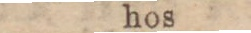
hos